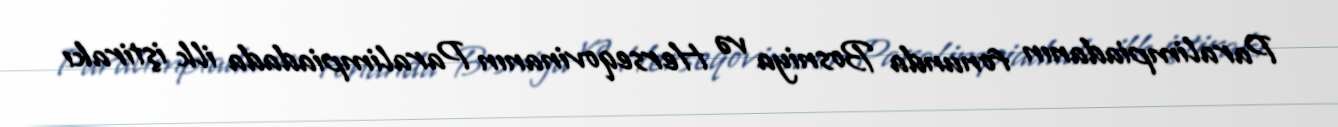
Paralimpiadanın fonunda Bosniya və Herseqovinanın Paralimpiadada ilk iştirakı